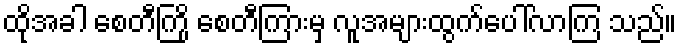
ထိုအခါ စေတီကြို စေတီကြားမှ လူအများထွက်ပေါ်လာကြ သည်။